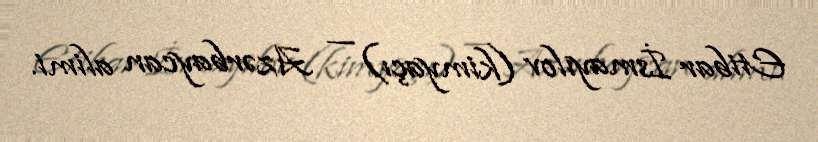
Etibar İsmayılov (kimyaçı) — Azərbaycan alimi.